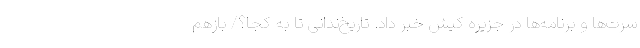
سرت‌ها و برنامه‌ها در جزیره کیش خبر داد. تاریخ‌ندانی تا به کجا؟/ بازهم